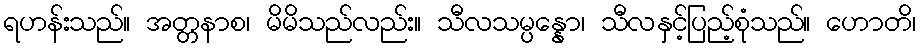
ရဟန်းသည်။ အတ္တနာစ၊ မိမိသည်လည်း။ သီလသမ္ပန္နော၊ သီလနှင့်ပြည့်စုံသည်။ ဟောတိ၊